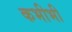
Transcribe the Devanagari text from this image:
कभीभी